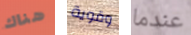
هناك وقوية عندما